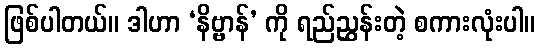
ဖြစ်ပါတယ်။ ဒါဟာ ‘နိဗ္ဗာန်’ ကို ရည်ညွှန်းတဲ့ စကားလုံးပါ။